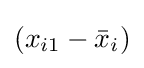
(x_{i1}-{\bar {x}}_{i})